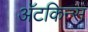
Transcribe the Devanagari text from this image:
अॅटकिन्स